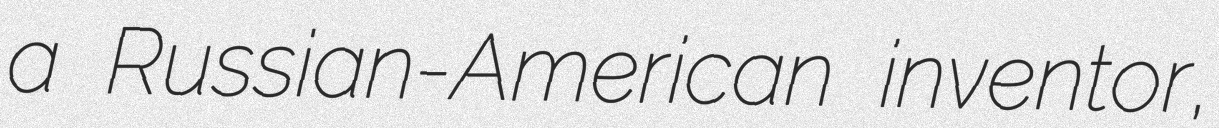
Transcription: a Russian-American inventor,